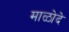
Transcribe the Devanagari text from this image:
माळोदे